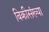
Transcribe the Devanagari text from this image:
बिक्रीसंख्या